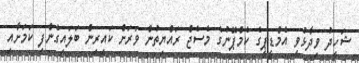
ޝަހީދު ވިދާޅުވީ އެމްޑީޕީގެ ކެމްޕޭނުގެ މެސެޖް ރައްޔިތުން ވަރަށް ކައިރިން ބަލައިގެންފި ކަމަށާއި